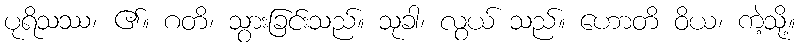
ပုရိသဿ၊ ၏။ ဂတိ၊ သွားခြင်းသည်။ သုခါ၊ လွယ် သည်။ ဟောတိ ဝိယ၊ ကဲ့သို့။